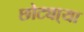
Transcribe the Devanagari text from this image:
छोट्या्या